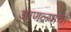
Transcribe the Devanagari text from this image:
आणल्याचा